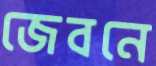
জেবনে